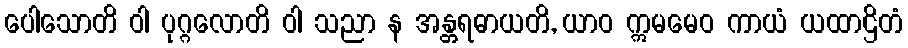
ပေါသောတိ ဝါ ပုဂ္ဂလောတိ ဝါ သညာ န အန္တရဓာယတိ, ယာဝ ဣမမေဝ ကာယံ ယထာဌိတံ